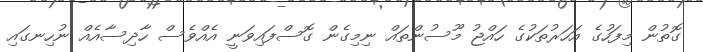
ގޮތުން މިފަހުގެ އަހަރުތަކުގެ ހައްޖު މޫސުންތައް ނިމިގެން ގޮސްފައިވަނީ އެއްވެސް ހާދިސާއެއް ނުހިނގައި